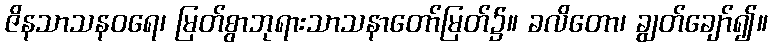
ဇိနသာသနဝရေ၊ မြတ်စွာဘုရားသာသနာတော်မြတ်၌။ ခလိတော၊ ချွတ်ချော်၍။